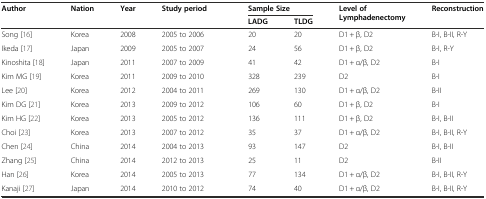
| <ROWSPAN=2> Author | <ROWSPAN=2> Nation | <ROWSPAN=2> Year | <ROWSPAN=2> Study period | <COLSPAN=2> Sample Size | <ROWSPAN=2> Level of Lymphadenectomy | <ROWSPAN=2> Reconstruction |
 | LADG | TLDG |
 | --- | --- | --- | --- | --- | --- | --- | --- |
 | Song [16] | Korea | 2008 | 2005 to 2006 | 20 | 20 | D1 + β, D2 | B-I, B-II, R-Y |
 | Ikeda [17] | Japan | 2009 | 2005 to 2007 | 24 | 56 | D1 + β, D2 | B-I, R-Y |
 | Kinoshita [18] | Japan | 2011 | 2007 to 2009 | 41 | 42 | D1 + α/β, D2 | B-I |
 | Kim MG [19] | Korea | 2011 | 2009 to 2010 | 328 | 239 | D2 | B-I |
 | Lee [20] | Korea | 2012 | 2004 to 2011 | 269 | 130 | D1 + α/β, D2 | B-II |
 | Kim DG [21] | Korea | 2013 | 2009 to 2012 | 106 | 60 | D1 + β, D2 | B-I |
 | Kim HG [22] | Korea | 2013 | 2005 to 2012 | 136 | 111 | D1 + β, D2 | B-I, B-II |
 | Choi [23] | Korea | 2013 | 2007 to 2012 | 35 | 37 | D1 + α/β, D2 | B-I, B-II, R-Y |
 | Chen [24] | China | 2014 | 2004 to 2013 | 93 | 147 | D2 | B-I, B-II |
 | Zhang [25] | China | 2014 | 2012 to 2013 | 25 | 11 | D2 | B-II |
 | Han [26] | Korea | 2014 | 2005 to 2013 | 77 | 134 | D1 + α/β, D2 | B-I, B-II, R-Y |
 | Kanaji [27] | Japan | 2014 | 2010 to 2012 | 74 | 40 | D1 + α/β, D2 | B-I, B-II, R-Y |